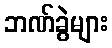
ဘဏ်ခွဲများ